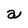
Character: a